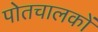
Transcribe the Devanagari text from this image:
पोतचालकों